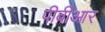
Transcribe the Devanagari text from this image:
पीबीआर